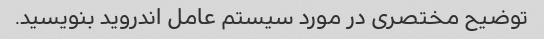
توضیح مختصری در مورد سیستم عامل اندروید بنویسید.